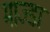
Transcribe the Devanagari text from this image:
माज्डा